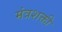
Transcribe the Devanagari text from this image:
मंत्रशक्ती